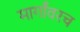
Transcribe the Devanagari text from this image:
मार्गांवरच